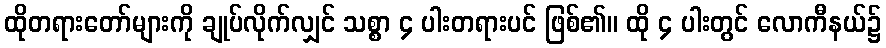
ထိုတရားတော်များကို ချုပ်လိုက်လျှင် သစ္စာ ၄ ပါးတရားပင် ဖြစ်၏။ ထို ၄ ပါးတွင် လောကီနယ်၌